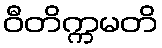
ဝီတိက္ကမတိ